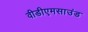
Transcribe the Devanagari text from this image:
वीडीएमसाउंड